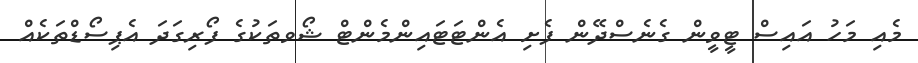
މެއި މަހު އަައިސް ޓީވީން ގެނެސްދޭން ފެށި އެންޓަޓައިންމެންޓް ޝޯވތަކުގެ ފޯރިގަދަ އެޕިސޯޑްތަކެއް